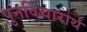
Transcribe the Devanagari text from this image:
पुनर्विचारार्थ